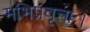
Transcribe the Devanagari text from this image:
मभिप्रवृत्ताः।